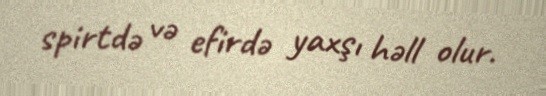
spirtdə və efirdə yaxşı həll olur.